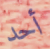
أحد